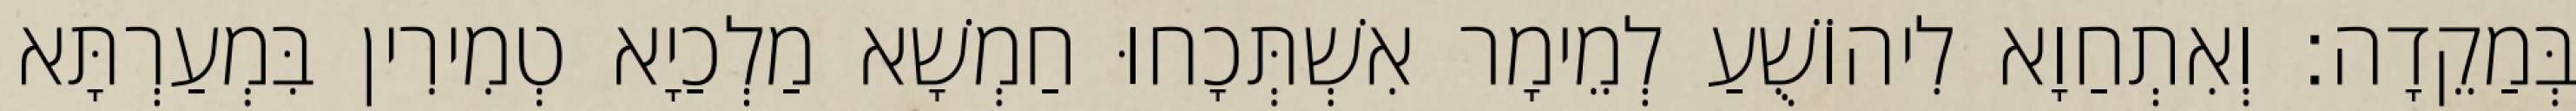
בְּמַקֵדָה׃ וְאִתְחַוָא לִיהוֹשֻׁעַ לְמֵימָר אִשְׁתְּכָחוּ חַמְשָׁא מַלְכַיָא טְמִירִין בִּמְעַרְתָּא